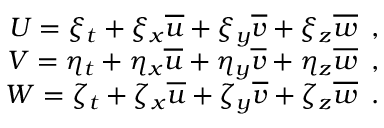
\begin{array} { r } { U = \xi _ { t } + \xi _ { x } \overline { { u } } + \xi _ { y } \overline { { v } } + \xi _ { z } \overline { { w } } \, \mathrm { ~ , ~ } } \\ { V = \eta _ { t } + \eta _ { x } \overline { { u } } + \eta _ { y } \overline { { v } } + \eta _ { z } \overline { { w } } \, \mathrm { ~ , ~ } } \\ { W = \zeta _ { t } + \zeta _ { x } \overline { { u } } + \zeta _ { y } \overline { { v } } + \zeta _ { z } \overline { { w } } \, \mathrm { ~ . ~ } } \end{array}